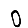
Digit: 0